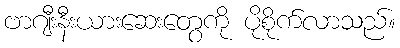
ဗာဂျီးနီးယားဆေးတွေကို ပိုစိုက်လာသည်။